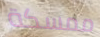
ممسكة